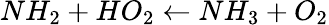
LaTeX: NH_{2}+HO_{2}\leftarrow NH_{3}+O_{2}